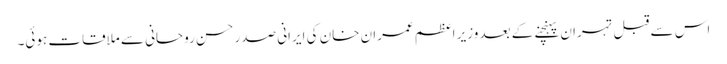
اس سے قبل تہران پہنچنے کے بعد وزیر اعظم عمران خان کی ایرانی صدر حسن روحانی سے ملاقات ہوئی۔